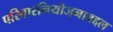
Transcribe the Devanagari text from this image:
परिवारनियोजनाबद्दल